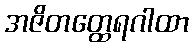
အဇိတတ္ထေရဂါထာ